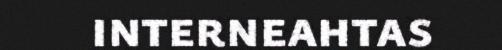
interneahtas